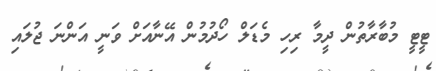
ޓީޓީ މުބާރާތުން ދީމާ ރިހި މެޑަލް ހޯދުމުން އޭނާއަށް ވަނީ އަންނަ ޖުލައި